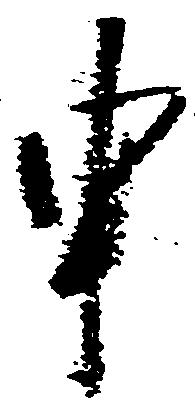
申